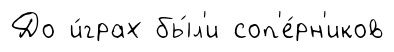
До и́грах бы́л'и соп'е́рн'иков